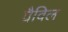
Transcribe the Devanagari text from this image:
ग्रैविल